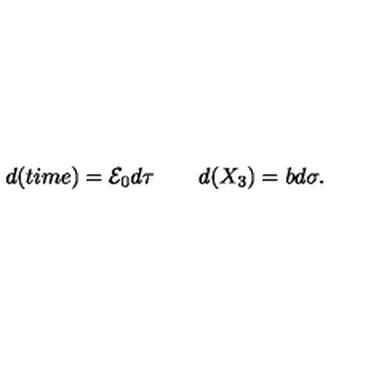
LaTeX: d ( t i m e ) = { \cal E } _ { 0 } d \tau \quad \quad d ( X _ { 3 } ) = b d \sigma .